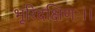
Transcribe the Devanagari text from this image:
भूरिदक्षिणः।।